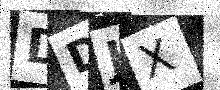
Text: DDJX